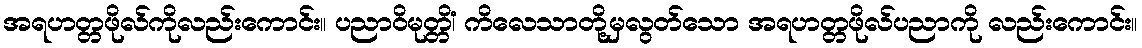
အရဟတ္တဖိုလ်ကိုလည်းကောင်း။ ပညာဝိမုတ္တိံ၊ ကိလေသာတို့မှလွတ်သော အရဟတ္တဖိုလ်ပညာကို လည်းကောင်း။